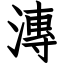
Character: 漙